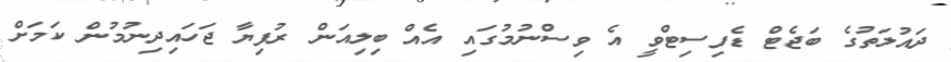
ދައުލަތުގެ ބަޖެޓް ޑެފިސިޓްވީ އެ ވިސްނުމުގައި އެއް ބިލިއަން ރުފިޔާ ޖަހައިދިނުމުން ކަމަށް